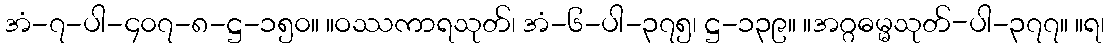
အံ-၇-ပါ-၄၀၇-၈-ဋ္ဌ-၁၅၀။ ။ဝဿကာရသုတ်၊ အံ-၆-ပါ-၃၇၅၊ ဋ္ဌ-၁၃၉။ ။အဂ္ဂဓမ္မသုတ်-ပါ-၃၇၇။ ။ရ၊